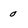
Character: 0